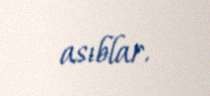
asıblar.